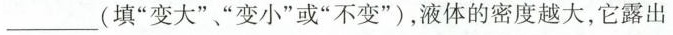
___(填“变大”、“变小”或“不变”)，液体的密度越大，它露出